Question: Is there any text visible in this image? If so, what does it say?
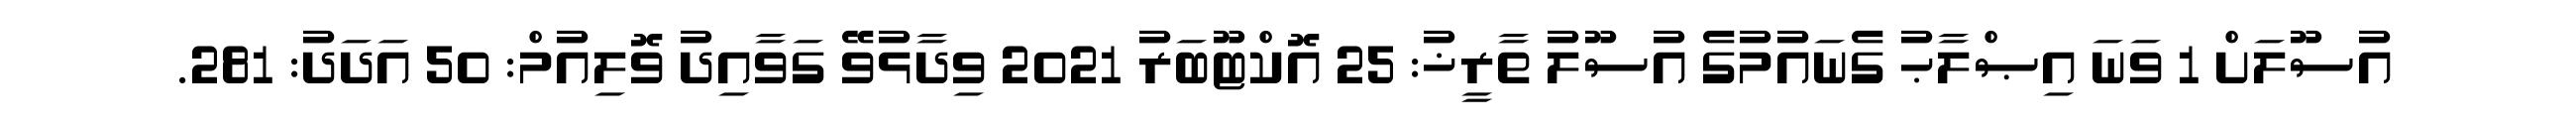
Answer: އުސޫލަށް 1 ވަނަ އިޞްލާޙު ގެނައުމުގެ އުސޫލު ތާރީޚު: 25 އޮކްޓޫބަރު 2021 ވިދާޅުވޭ ގަވާއިދު ވޮލިއުމް: 50 އަދަދު: 281.